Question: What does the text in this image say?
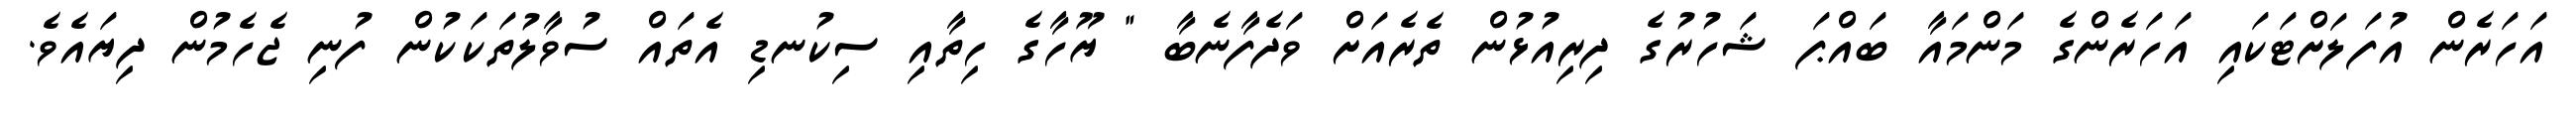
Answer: އަހަރެން އުފަލަށްޓަކައި އަހަރެންގެ މަންމައާ ބައްޕަ ޝަހުރުގެ ދިރިއުޅުން ތެރެއަށް ވަދެފާނެބާ " ޔޫހާގެ ހިތާއި ސިކުނޑި އެތައް ސުވާލުތަކަކުން ފުނި ޖެހެމުން ދިޔައެވެ.